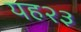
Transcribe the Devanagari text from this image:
यह२३